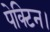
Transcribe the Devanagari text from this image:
पेक्टिन।